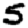
Digit: 5